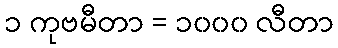
၁ ကုဗမီတာ = ၁၀၀၀ လီတာ